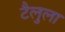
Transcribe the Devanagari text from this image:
टैलुला